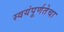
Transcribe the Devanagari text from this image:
स्वयंपूर्णतेचा